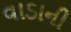
વાડાની